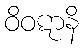
ဝိဝဋာနိ